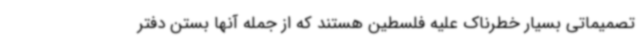
تصمیماتی بسیار خطرناک علیه فلسطین هستند که از جمله آنها بستن دفتر